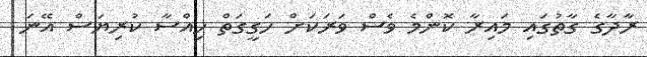
ރާދާގެ ގާތުގައި މައިރާ ކޮންމެ ވެސް ވަރަކަށް ހަގީގަތް ހިއްސާ ކުރިޔަސް އޭނަ